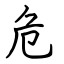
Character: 危